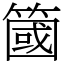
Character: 簂